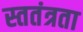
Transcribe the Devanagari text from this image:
स्ततंत्रता